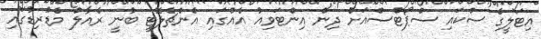
އިޓަލީގެ ސްކައި ސްޕޯޓްސްއަށް ދިން އިންޓަވިއު އެއްގައި އެންޗެލޮޓީ ބުނީ ރެއާލް މެޑުރިޑުގައި